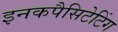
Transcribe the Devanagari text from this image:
इनकपैसिटेटिंग